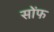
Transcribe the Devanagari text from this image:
सोंफ